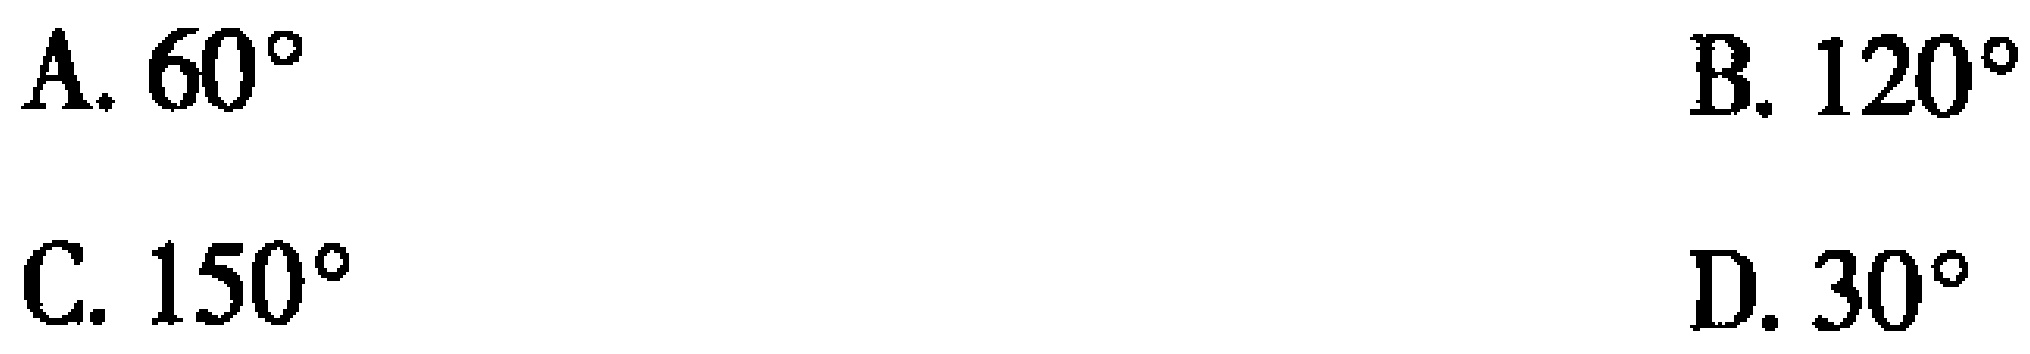
A. \(60^{\circ}\)
B. \(120^{\circ}\)
C. \(150^{\circ}\)
D. \(30^{\circ}\)